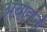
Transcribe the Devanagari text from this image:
अबाहानी